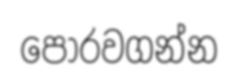
පොරවගන්න